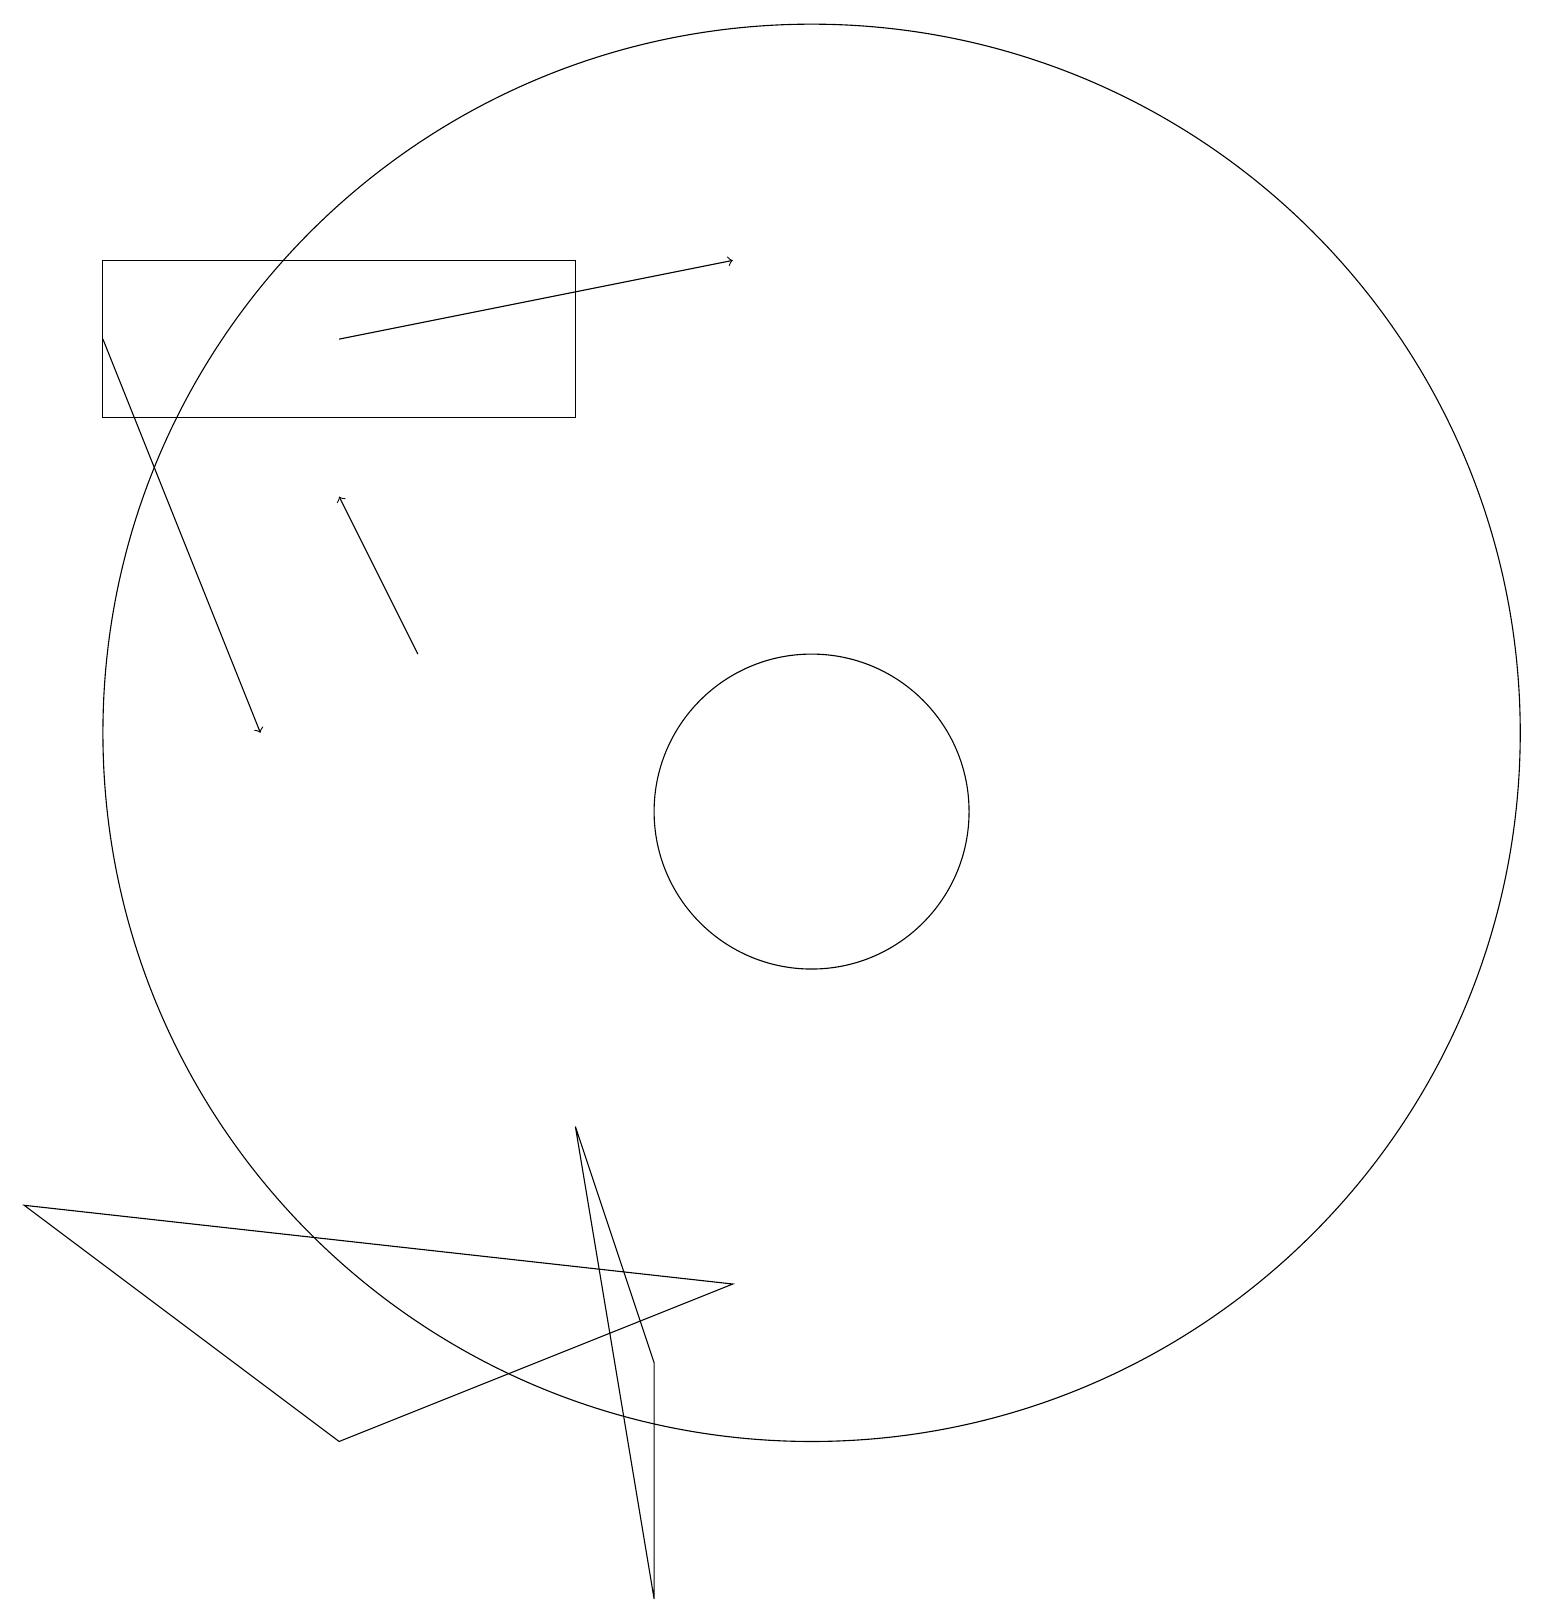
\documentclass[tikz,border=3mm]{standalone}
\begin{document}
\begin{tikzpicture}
\draw[->] (5,12) -- (4,14);
\draw (10,10) circle (2);
\draw (10,11) circle (9);
\draw[->] (4,16) -- (9,17);
\draw (7,17) rectangle (1,15);
\draw (8,0) -- (7,6) -- (8,3) -- cycle;
\draw (0,5) -- (9,4) -- (4,2) -- cycle;
\draw[->] (1,16) -- (3,11);
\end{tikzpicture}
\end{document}